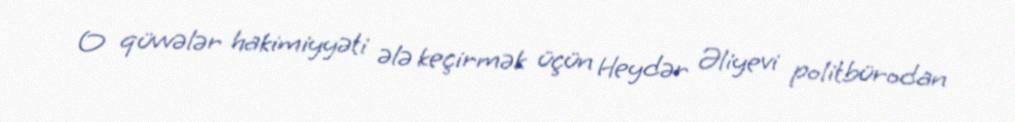
O qüvvələr hakimiyyəti ələ keçirmək üçün Heydər Əliyevi politbürodan